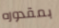
بمقدوره